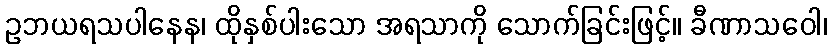
ဥဘယရသပါနေန၊ ထိုနှစ်ပါးသော အရသာကို သောက်ခြင်းဖြင့်။ ခီဏာသဝေါ၊